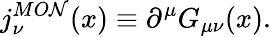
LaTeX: j_{\nu}^{MO\mathcal{N}}(x)\equiv\partial^{\mu}G_{\mu\nu}(x).